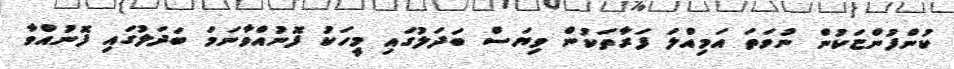
ކުންފުންޏަކުން ނުވަތަ އަމިއްލަ ފަރާތަކުން ވިޔަސް ބަދަލުގައި މީހަކު ފޮނުއްވާނަމަ ބަދަލުގައި ފޮނުއްވާ